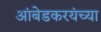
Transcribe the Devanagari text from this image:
आंबेडकरयंच्या